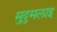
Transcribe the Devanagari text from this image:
मुदुमलाइ